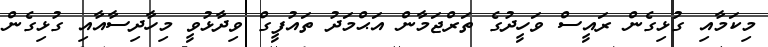
މިކަމާއި ގުޅިގެން ރައީސް ވަހީދުގެ ތަރްޖަމާން އަޙްމަދު ތައުފީގް ވިދާޅުވީ މިހާދިސާއާއި ގުޅިގެން